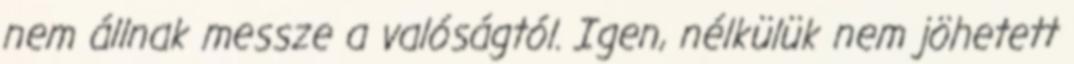
nem állnak messze a valóságtól. Igen, nélkülük nem jöhetett